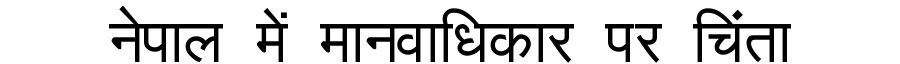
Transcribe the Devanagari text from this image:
नेपाल में मानवाधिकार पर चिंता